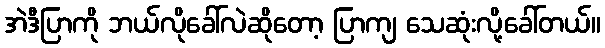
အဲဒီပြာကို ဘယ်လိုခေါ်လဲဆိုတော့ ပြာကျ သေဆုံးလို့ခေါ်တယ်။